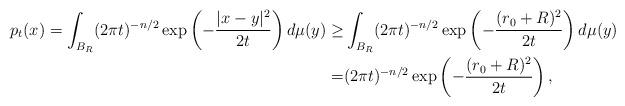
LaTeX: \begin{align*}p_t(x)=\int_{B_R}(2\pi t)^{-n/2}\exp\left(-\frac{|x-y|^2}{2t}\right)d\mu(y)\geq&\int_{B_R}(2\pi t)^{-n/2}\exp\left(-\frac{(r_0+R)^2}{2t}\right)d\mu(y)\\=&(2\pi t)^{-n/2}\exp\left(-\frac{(r_0+R)^2}{2t}\right),\end{align*}